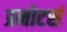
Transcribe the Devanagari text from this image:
प्रमोटर्स